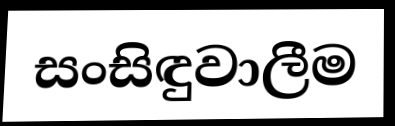
සංසිඳුවාලීම